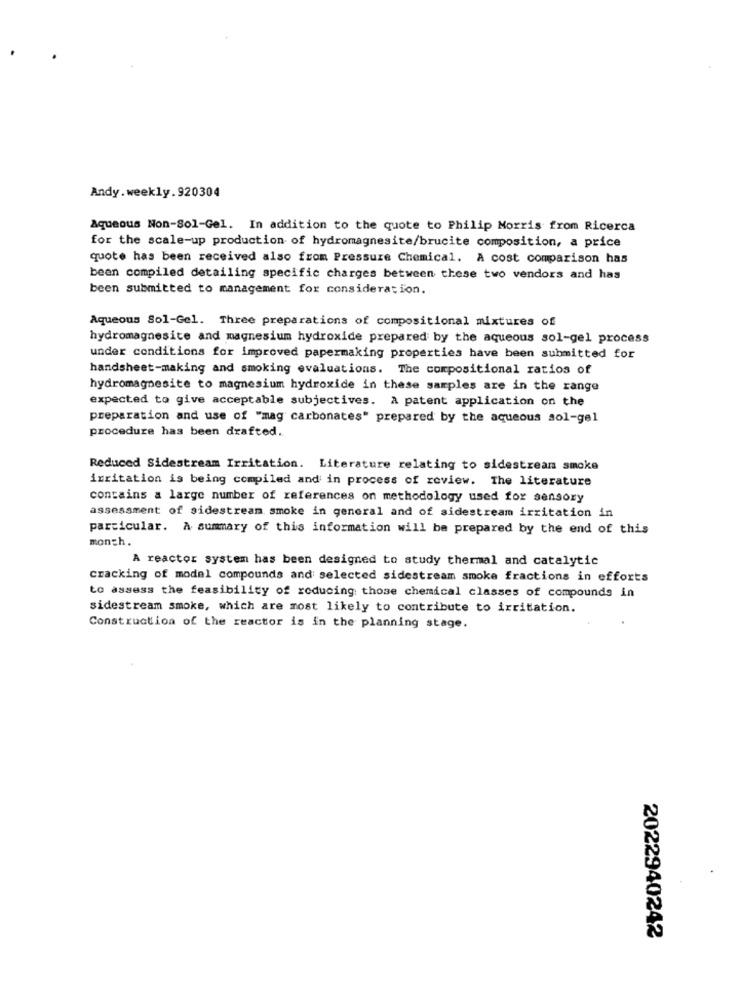
Andy. weekly.920304
Aqueous Non-Sol-Gel. In addition to the quote to Philip Morris from Ricerca
for the scale-up production of hydromagnesite/brucite composition, a price
quote has been received also from Pressure Chemical. A cost comparison has
been compiled detailing specific charges between these two vendors and has
been submitted to management for consideration.
Aqueous Sol-Gel. Three preparations of compositional mixtures of
hydromagnesite and magnesium hydroxide prepared by the aqueous sol-gel process
under conditions for improved papermaking properties have been submitted for
handsheet-making and smoking evaluations. The compositional ratios of
hydromagnesite to magnesium hydroxide in these samples are in the range
expected to give acceptable subjectives. A patent application on the
preparation and use of "mag carbonates" prepared by the aqueous sol-gel
procedure has been drafted.
Reduced Sidestream Irritation. Literature relating to sidestrean smoke
irritation is being compiled and in process of review. The literature
contains a large number of references on methodology used for sensory
assessment of sidestream smoke in general and of sidestream irritation in
particular. A summary of this information will be prepared by the end of this
monch.
A reactor system has been designed to study thermal and catalytic
cracking of model compounds and selected sidestream smoke fractions in efforts
to assess the feasibility of reducing those chemical classes of compounds in
sidestream smoke, which are most likely to contribute to irritation.
Construction of the reactor is in the planning stage.
2022940242